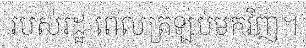
របស់រដ្ឋ ពេលត្រឡប់មកវិញ។